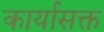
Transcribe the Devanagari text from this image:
कार्यासक्त